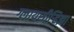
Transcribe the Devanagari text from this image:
ग्लायसीर्‍हिझा